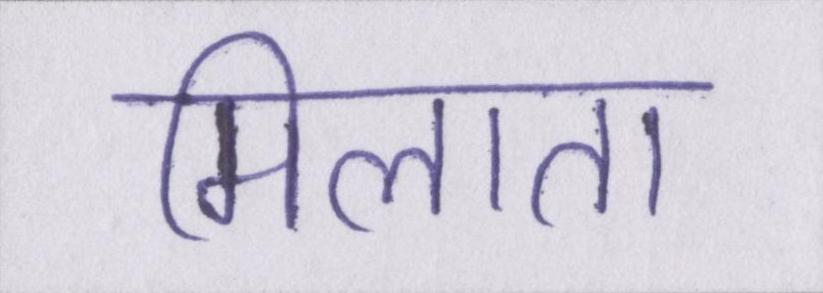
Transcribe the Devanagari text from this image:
मिलाता